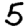
Digit: 5